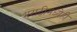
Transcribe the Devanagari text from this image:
मराठीमध्येही